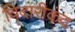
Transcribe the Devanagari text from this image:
विदारीकंद